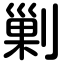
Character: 剿